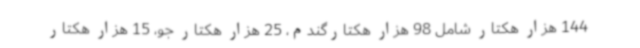
144 هزار هکتار شامل 98 هزار هکتارگندم، 25 هزار هکتار جو، 15 هزار هکتار